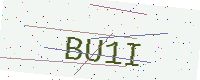
Text: BU1I